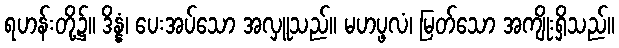
ရဟန်းတို့၌။ ဒိန္နံ၊ ပေးအပ်သော အလှူသည်။ မဟပ္ဖလံ၊ မြတ်သော အကျိုးရှိသည်။